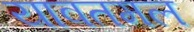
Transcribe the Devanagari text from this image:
यावतमल